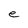
Character: e